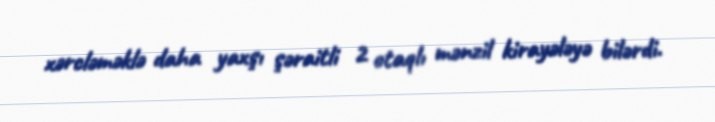
xərcləməklə daha yaxşı şəraitli 2 otaqlı mənzil kirayələyə bilərdi.